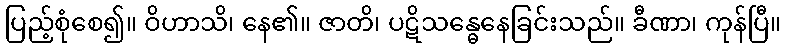
ပြည့်စုံစေ၍။ ဝိဟာသိ၊ နေ၏။ ဇာတိ၊ ပဋိသန္ဓေနေခြင်းသည်။ ခီဏာ၊ ကုန်ပြီ။